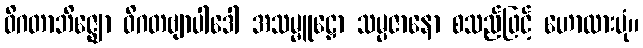
ဝိဂတာဘိဇ္ဈော ဝိဂတဗျာပါဒေါ အသမ္မူဠှော သမ္ပဇာနော စသည်ဖြင့် ဟောထားပုံ။